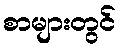
စာများတွင်